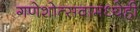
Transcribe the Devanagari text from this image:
गणेशोत्सवामध्येही